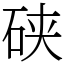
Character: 硖